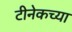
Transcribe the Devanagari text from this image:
टीनेकच्या